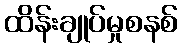
ထိန်းချုပ်မှုစနစ်